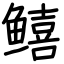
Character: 𬶮